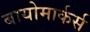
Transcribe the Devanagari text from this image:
बायोमार्कर्स